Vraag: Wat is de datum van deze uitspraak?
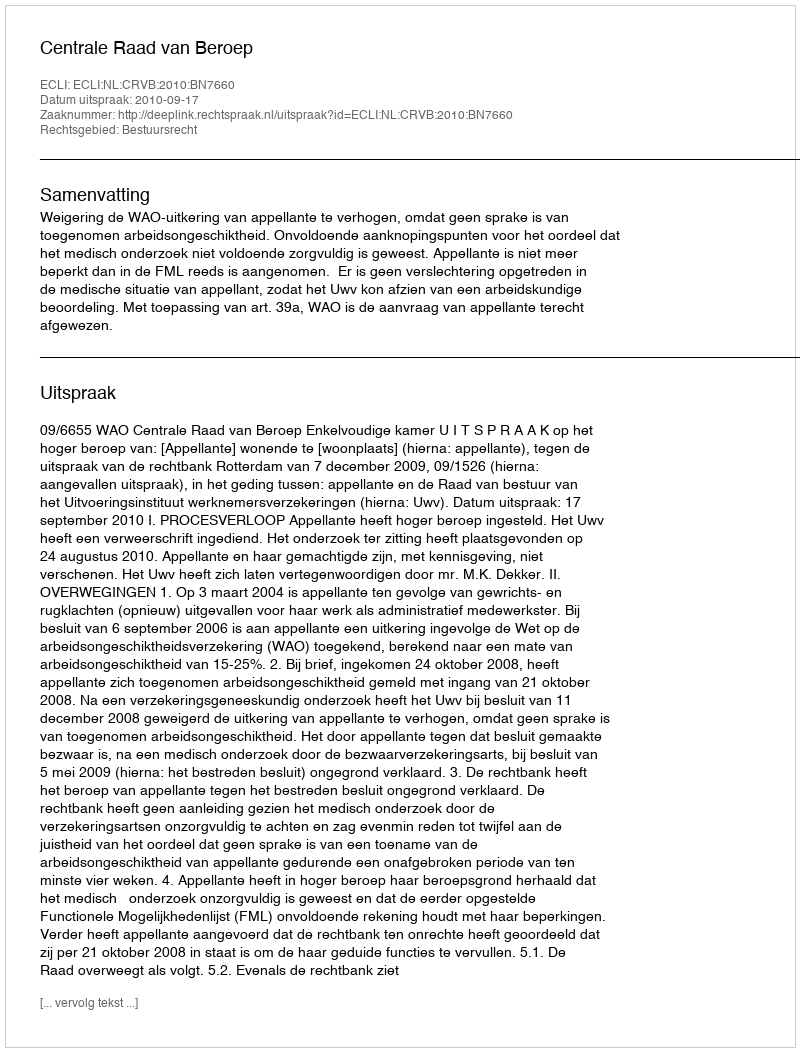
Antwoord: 2010-09-17